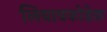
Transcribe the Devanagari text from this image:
लिबावकोडेक